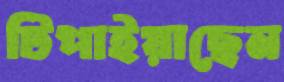
টিপাইয়াছেন